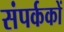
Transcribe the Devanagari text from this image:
संपर्ककों